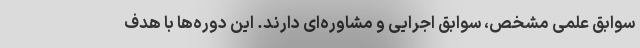
سوابق علمی مشخص، سوابق اجرایی و مشاوره‌ای دارند. این دوره‌ها با هدف